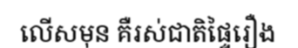
លើសមុន គឺរស់ជាតិផ្ទៃរឿង